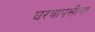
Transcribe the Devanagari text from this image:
घरवापसीचा